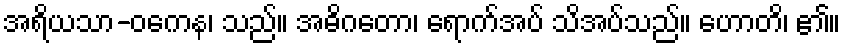
အရိယသာ-ဝကေန၊ သည်။ အဓိဂတော၊ ရောက်အပ် သိအပ်သည်။ ဟောတိ၊ ၏။